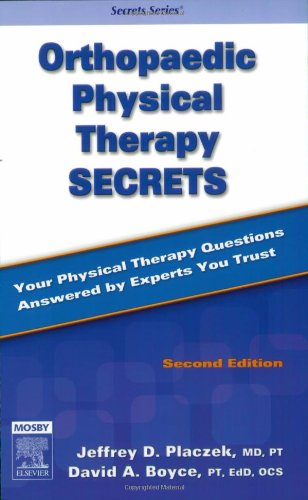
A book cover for Orthopaedic Physical Therapy Secrets, 2e; Jeffrey D. Placzek MD  PT; Medical Books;